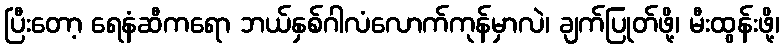
ပြီးတော့ ရေနံဆီကရော ဘယ်နှစ်ဂါလံလောက်ကုန်မှာလဲ၊ ချက်ပြုတ်ဖို့၊ မီးထွန်းဖို့၊